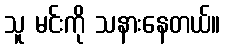
သူ မင်းကို သနားနေတယ်။